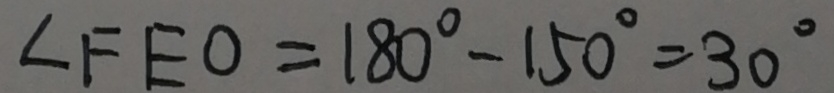
\angle F E O = 1 8 0 ^ { \circ } - 1 5 0 ^ { \circ } = 3 0 ^ { \circ }